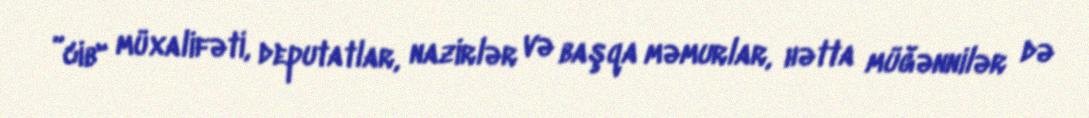
”cib" müxalifəti, deputatlar, nazirlər və başqa məmurlar, hətta müğənnilər də